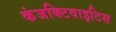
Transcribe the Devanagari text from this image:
कंजक्टिवाइटिस